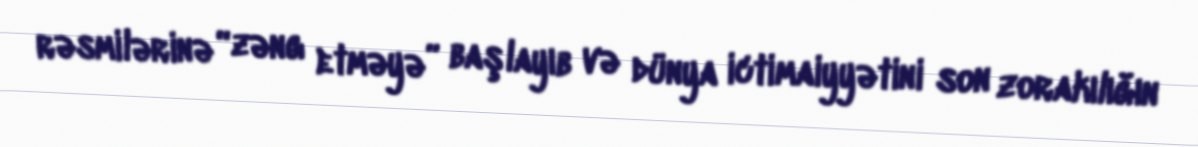
rəsmilərinə “zəng etməyə” başlayıb və dünya ictimaiyyətini son zorakılığın